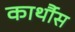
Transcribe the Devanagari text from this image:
कार्थौस